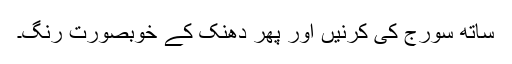
ساتھ سورج کی کرنیں اور پھر دھنک کے خوبصورت رنگ۔